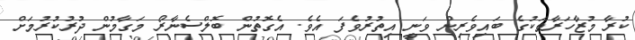
ކުރާ މުޒާހަރާތަކުގެ ބައިވެރިން ވަނީ އިތުރުވެފަ އެވެ. އެގޮތުން ބޮލްސެނާރޯ މަގާމުން ދުރުކުރުމަށް